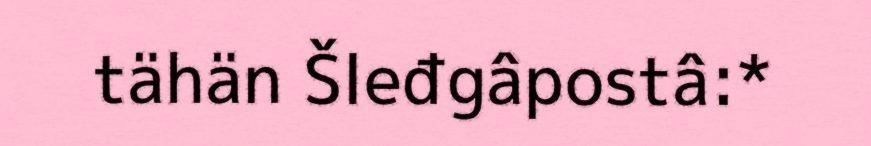
tähän Šleđgâpostâ:*